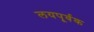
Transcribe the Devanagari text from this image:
लयपूर्वक